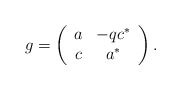
\begin{align*}g=\left(\begin{array}{cc}a&-qc^{*}\\c&a^{*}\end{array}\right).\end{align*}